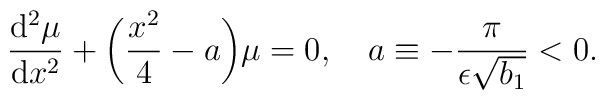
\frac{{\rm d}^2\mu }{{\rm d}x^2}+\biggl(\frac{x^2}{4}-a\biggr)\mu =0, \quad a\equiv -\frac{\pi }{\epsilon \sqrt{b_1}}<0.